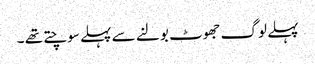
پہلے لوگ جھوٹ بولنے سے پہلے سوچتے تھے ۔